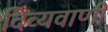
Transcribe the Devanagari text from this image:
दिव्यवाणी